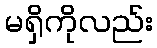
မရှိကိုလည်း